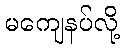
မကျေနပ်လို့